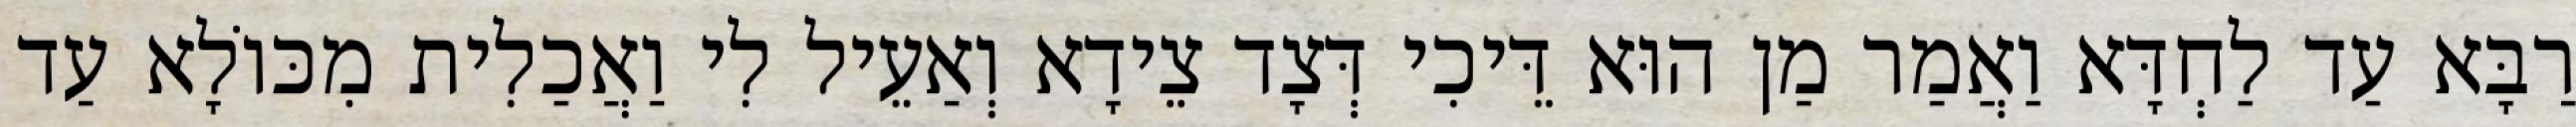
רַבָּא עַד לַחְדָּא וַאֲמַר מַן הוּא דֵּיכִי דְּצָד צֵידָא וְאַעֵיל לִי וַאֲכַלִית מִכּוֹלָא עַד